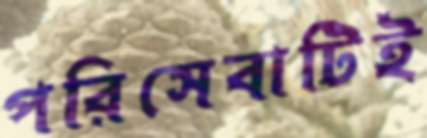
পরিসেবাটিই